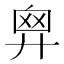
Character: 𢍙